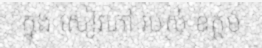
ក្នុង សៀវភៅ របស់ ឧត្តម